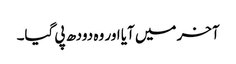
آخر میں آیا اور وہ دودھ پی گیا۔